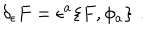
\delta _ { \epsilon } F = \epsilon ^ { a } \{ F , \phi _ { a } \} \, \, .